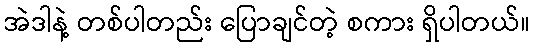
အဲဒါနဲ့ တစ်ပါတည်း ပြောချင်တဲ့ စကား ရှိပါတယ်။